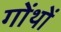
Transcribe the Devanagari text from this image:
गोंथों